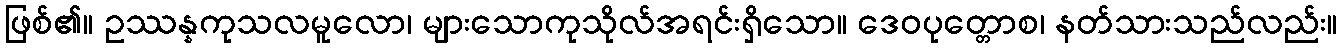
ဖြစ်၏။ ဥဿန္နကုသလမူလော၊ များသောကုသိုလ်အရင်းရှိသော။ ဒေဝပုတ္တောစ၊ နတ်သားသည်လည်း။